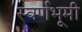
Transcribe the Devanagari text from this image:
स्वर्णभूमी